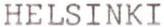
HELSINKI